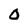
Character: 0